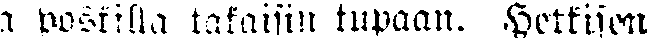
a postilla takaisin tupaan. Hetkisen